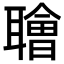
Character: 𫆑